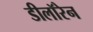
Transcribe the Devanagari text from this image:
डीलॉरेन